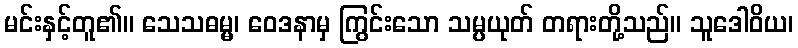
မင်းနှင့်တူ၏။ သေသဓမ္မ၊ ဝေဒနာမှ ကြွင်းသော သမ္ပယုတ် တရားတို့သည်။ သူဒေါဝိယ၊